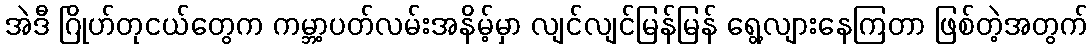
အဲဒီ ဂြိုဟ်တုငယ်တွေက ကမ္ဘာ့ပတ်လမ်းအနိမ့်မှာ လျင်လျင်မြန်မြန် ရွေ့လျားနေကြတာ ဖြစ်တဲ့အတွက်